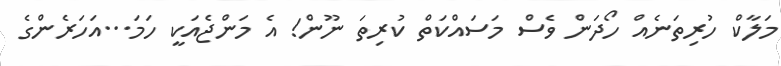
މަލާކް ހުރިތަނެއް ހޯދަން ވެސް މަސައްކަތް ކުރިތަ ނޫން! އެ މަންޖެއަކީ ހަމަ...އަހަރެންގެ